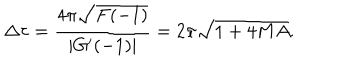
\Delta \tau = { \frac { 4 \pi \sqrt { F ( - 1 ) } } { | G ^ { \prime } ( - 1 ) | } } = 2 \pi \sqrt { 1 + 4 M A } .